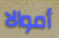
أموالا